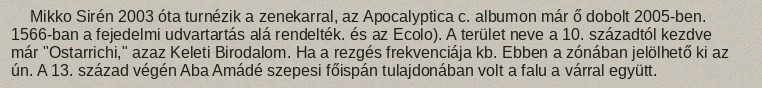
Mikko Sirén 2003 óta turnézik a zenekarral, az Apocalyptica c. albumon már ő dobolt 2005-ben. 1566-ban a fejedelmi udvartartás alá rendelték. és az Ecolo). A terület neve a 10. századtól kezdve már "Ostarrichi," azaz Keleti Birodalom. Ha a rezgés frekvenciája kb. Ebben a zónában jelölhető ki az ún. A 13. század végén Aba Amádé szepesi főispán tulajdonában volt a falu a várral együtt.